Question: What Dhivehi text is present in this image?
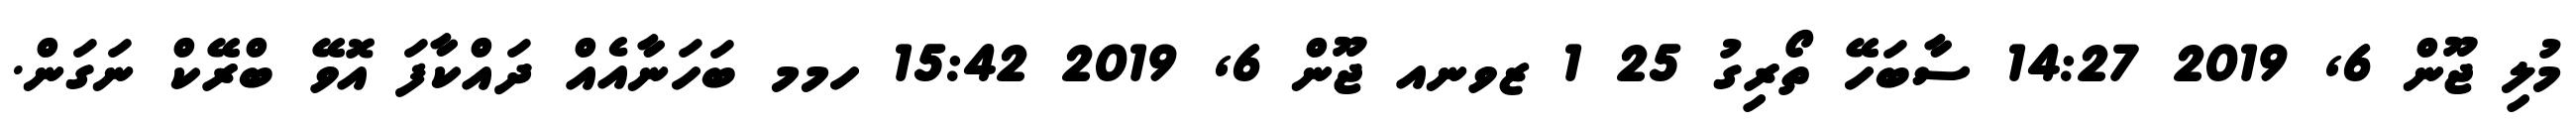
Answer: މުލި ޖޫން 6, 2019 14:27 ސާބަހޭ ތޯރިގު 25 1 ޒވނއ ޖޫން 6, 2019 15:42 ހމމ ބަހަނާއެއް ދައްކާފަ އޮވޭ ބްރޭކް ނަގަން.